Vital statistics of India. Vol. IV, Annual returns from 1871 to 1876. British Army of India, Native Army and jails of Bengal
Year: 1871
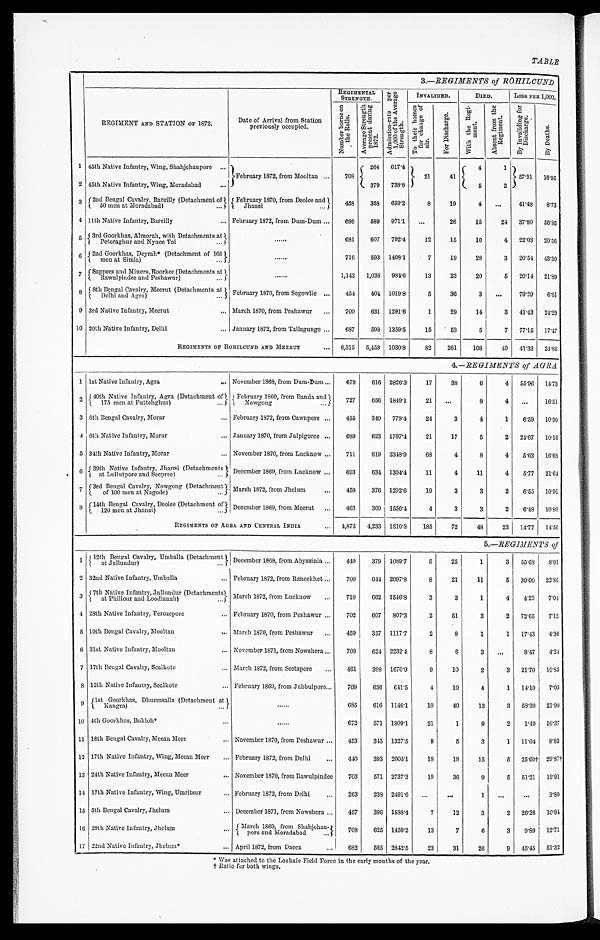
TABLE
3.—REGIMENTS of ROHILCUND
REGIMENT AND STATION OF 1872.
Date of Arrival from Station
previously occupied.
REGIMENTAL STRENGTH
A d m i s s i o n - r a t e p e r 1 , 0 0 0 o f t h e A v e r a g e S t r e n g t h .
INVALIDED.
D I E D . Loss PER 1,000.
N u m b e r b o r n e o n t h e R o l l s .
A v e r a g e S t r e n g t h p r e s e n t d u r i n g 1 8 7 2 .
T o t h e i r h o m e s f o r c h a n g e o f a i r .
F o r D i s c h a r g e .
W i t h t h e R e g i - m e n t .
A b s e n t f r o m t h e R e g i m e n t .
B y I n v a l i d i n g f o r D i s c h a r g e .
B y D e a t h s .
1 45th Native Infantry, Wing, Shahjehanpore . . .
February 1872, from Mooltan . . .
708
264 617.4
2 1 41
4
1
57.91 16.95
379 738.8
5
2
2 45th Native infantry, Wing, Moradabad . . .
3 2nd Bengal Cavalry, Bareilly (Detachment of 5 0
m e n a t M o r a
dabad)
. . .
February 1870, from Deolee and J h a n s i . . . 458 358 659.2
8
19
4
. . .
41.48 8 . 7 3
4 11th Native Infantry, Bareilly . . . February 1872, from Dum-Dum . . . 686 589 971.1 . . .
26
15
24 37.90 5 6 . 8 5
5
3 r d G o o r k h a s , A l m o r a h , w i t hD
e t a c h m e n t s a t
P e t o r a g h u r a n d N y n e e T a l . . .
. . .
681 607 792.4
12
15
10
4 22.03 2 0 . 5 6
6 2nd Goorkhas, Deyrah* (Detachment of 165
men a t Si
m l a )
. . .
716 593 1408.1
7
19
28
3 26.54 4 3 . 3 0
7
S a p p e r s a n d M i n e r s , R o o r k e e(
D e t a c h m e n t s
a t R a w u l p i n d e e a n d P e s h a w u r ) . . .
. . .
1,142 1,036 984.6
13
23
20
5 20.14 2 1 . 8 9
8 8th Bengal Cavalry, Meerut (Detachments at
Delhi and Agra) . . . February 1870, from Segowlie . . . 454 404 1019.8
5
36
3
. . . 79.29 6 . 6 1
9 3rd Native Infantry, Meerut . . . March 1870, from Peshawur . . . 700 631 1291.6
1
29
14
3 41.43 2 4 . 2 9
10 20th Native Infantry, Delhi . . . January 1872, from Tallagunge . . .. 687 598 1359.5
15
53
5
7 77.15 1 7 . 4 7
REGIMENTS OF ROHILCUND AND MEERUT . . . 6,315 5,459 1030.8
82 261 108
49 41.33 2 4 . 8 6
4.—REGIMENTS of AGRA
1 1st Native Infantry, Agra . . . November 1868, from Dum-Dum . . . 679 616 2826.3
17
38
6
4 55.96 1 4 . 7 3
2 40th Native Infantry, Agra (Detachment of
175 men at Futtehghur) . . .
February 1869, from Banda and
Nowgong . . .
727 656 1849.1
21
. . .
8
4
. . . 1 6 . 5 1
3 6th Bengal Cavalry, Morar
. . . February 1872, from Cawnpore . . . 455 340 779.4
24
3
4
1 6.59 1 0 . 9 9
4 6th Native Infantry, Morar . . . January 1870, from Julpigoree . . . 689 623 1767.4
21
17
5
2 24.67 10. 16
5 34th Native Infantry, Morar . . . November 1870, from Lucknow . . . 711 619 2348.9
68
4
8
4 5.63 16. 68
6 39th Native Infantry, Jhansi (Detachments at Lullutpore and Seepree) . . . December 1869, from Lucknow . . . 693 634 1304.4
11
4
11
4 5.77 21. 64
7 3rd Bengal Cavalry, Nowgong (Detachment of 100 men at Nagode) . . . March 1872, from Jhelum . . .
458 376 1292.6
19
3
3
2 6.55 1 0 . 9 1
8
1 4 t h B e n g a l C a v a l r y , D e o l e e ( D e t a c h m e n t o f 1 2 0 m e n a t J h a n s i ) . . . December 1869, from Meerut . . .
463 369 1556.4
4
3
3
2 6.48 10. 80
REGIMENTS OF AGRA AND CENTRAL INDIA . . . 4,875 4,233 1810.8 185
72
48
23 14.77 14. 56
5.—REGIMENTS of
1 12th Bengal Cavalry, Umballa (Detachment at Jullundur) . . . December 1868, from Abyssinia . . . 449 379 1089.7
5
25
1
3 55.68 8.91
2 32nd Native Infantry, Umballa . . . February 1872, from Raneekhet . . . 700 644 2097.8
8
21
11
5 30.00 22.86
3 7th Native Infantry, Jullundur (Detachments
a t Phi l l our a nd Loodi a na h) . . .
March 1872, from Lucknow . . .
710 662 1546.8
3
3
1
4 4.23 7.04
4 28th Native Infantry, Ferozepore . . . February 1870, from Peshawur . . . 702 607 807.3
2
51
3
2 72.65 7.12
5 19th Bengal Cavalry, Mooltan . . . March 1870, from Peshawur . . . 459 357 1117.7
2
8
1
1 17.43 4.36
6 31st Native Infantry, Mooltan . . . November 1871, from Nowshera . . . 708 624 2232.4
8
6
3
. . . 8.47 4.24
7 17th Bengal Cavalry, Sealkote . . . March 1872, from Seetapore . . .
461 398 1670.9
9
10
2
3 21.70 10.85
8 12th Native Infantry, Sealkote . . . February 1869, from Jubbulpore . . . 709 636 641.5
4
10
4
1 14.10 7.05
9 1st Goorkhas, Dhurmsalla (Detachment at K a n g r a ) . . .
. . .
685 616 1146.1
10
40
12
3 58.39 21.90
10 4th Goorkhas, Bukloh* . . .
. . .
672 571 1809.1
21
1
9
2 1.49 16.37
1 1 18th Bengal Cavalry, Meean Meer . . . November 1870, from Peshawur . . . 453 345 1327.5
9
5
3
1 11.04 8.83
12 17th Native Infantry, Wing, Meean Meer . . . February 1872, from Delhi . . . 440 393 2005.1
18
18
15
5 25.60† 29.87†
13 24th Native Infantry, Meean Meer . . . November 1870, from Rawulpindee 703 571 2737.3
19
36
9
5 51.21 19.91
14 17th Native Infantry, Wing, Umritsur . . . February 1872, from Delhi . . . 263 238 2491.6 . . .
. . .
1
. . .
. . .
3.80
15 5th Bengal Cavalry, Jhelum . . . December 1871, from Nowshera . . . 457 396 1588.4
7
12
3
2 26.26 10.94
16 29th Native Infantry, Jhelum . . . March 1869 from Shahj chan-pore and Moradabad . . . 708 625 1459.2
13
7
6
3 9.89 12.71
17 22nd Native Infantry, Jhelum* . . . April 1872, from Dacca
. . . 682 565 2842.5
23
31
26
9 45.45 51.32
* Was attached to the Loshaie Field Force in the early months of the year.
† R a t i o f o r
b o t h w i n g s .